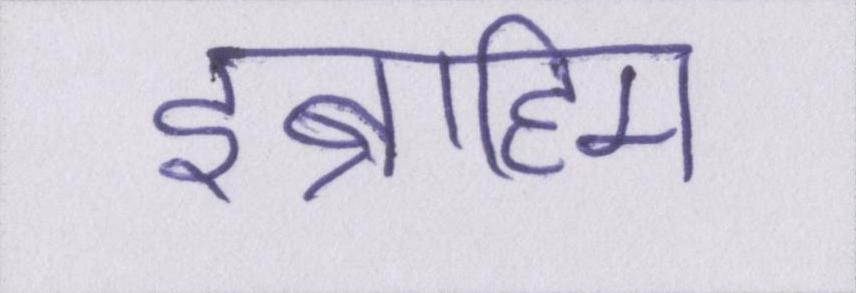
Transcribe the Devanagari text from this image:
इब्राहिम